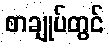
စာချုပ်တွင်